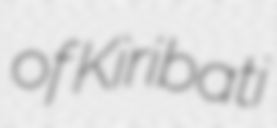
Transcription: of Kiribati